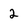
Character: 2